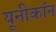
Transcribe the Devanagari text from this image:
यूनीकॉन